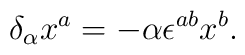
\delta _{\alpha }x^{a}=-\alpha \epsilon ^{ab}x^{b}.